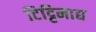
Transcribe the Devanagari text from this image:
टिट्टिमाद्य